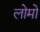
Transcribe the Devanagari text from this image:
लोमो